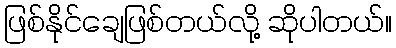
ဖြစ်နိုင်ချေဖြစ်တယ်လို့ ဆိုပါတယ်။